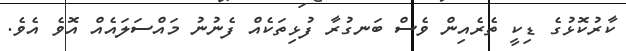
ކާރުކޮޅުގެ ޑިކީ ތެރެއިން ވެސް ބަނގުރާ ފުޅިތަކެއް ފެނުނު މައްސަލައެއް އޮވެ އެވެ.